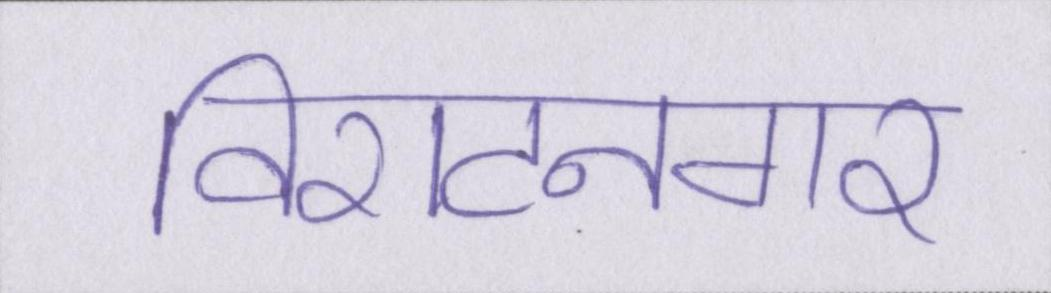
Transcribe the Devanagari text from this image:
विराटनगर